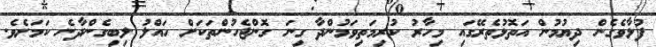
ފުޅާވެގެން ދިޔުމުން އަތޮޅުތެރޭގައި މިހާރު ކުރިމަތިވަމުންދާ ގިނަ ގޮންޖެހުންތަކަށް ހައްލު ލިބިގެންދާނެ ކަމަށެވެ.